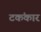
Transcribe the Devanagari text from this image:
टकंकार